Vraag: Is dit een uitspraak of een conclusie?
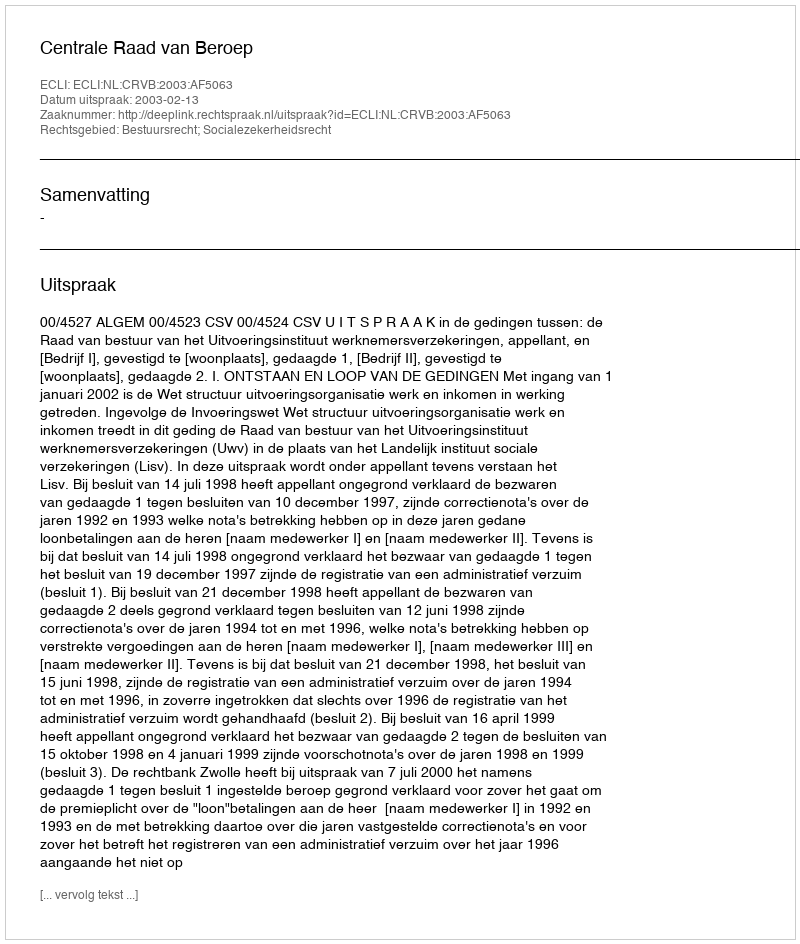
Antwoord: Uitspraak